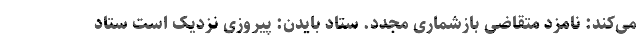
می‌کند: نامزد متقاضی بازشماری مجدد. ستاد بایدن: پیروزی نزدیک است ستاد